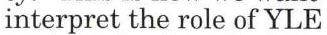
interpret the role of YLE